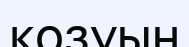
қозуын